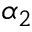
\alpha _ { 2 }